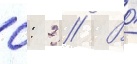
0: 2 // Во́